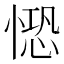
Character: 𢟈